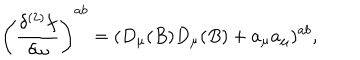
\left( \frac { \delta ^ { ( 2 ) } f } { \delta \omega } \right) ^ { a b } = ( D _ { \mu } ( B ) D _ { \mu } ( B ) + a _ { \mu } a _ { \mu } ) ^ { a b } ,